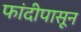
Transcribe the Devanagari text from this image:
फांदीपासून